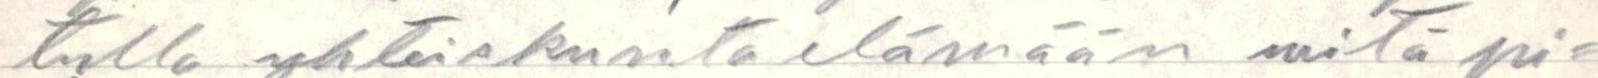
tulla yhteiskuntaelämään mitä pi=